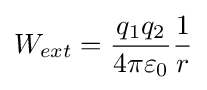
W_{ext}={\frac {q_{1}q_{2}}{4\pi \varepsilon _{0}}}{\frac {1}{r}}